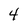
Character: 4